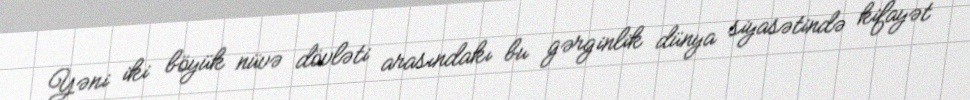
Yəni iki böyük nüvə dövləti arasındakı bu gərginlik dünya siyasətində kifayət